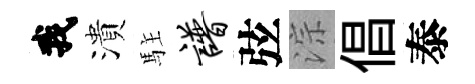
我潰駐谱弦淙倡泰